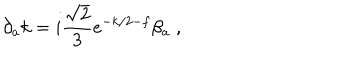
LaTeX: \partial _ { a } k = i \frac { \sqrt { 2 } } { 3 } e ^ { - k / 2 - f } \beta _ { a } \; ,